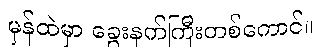
မှန်ထဲမှာ ခွေးနက်ကြီးတစ်ကောင်။